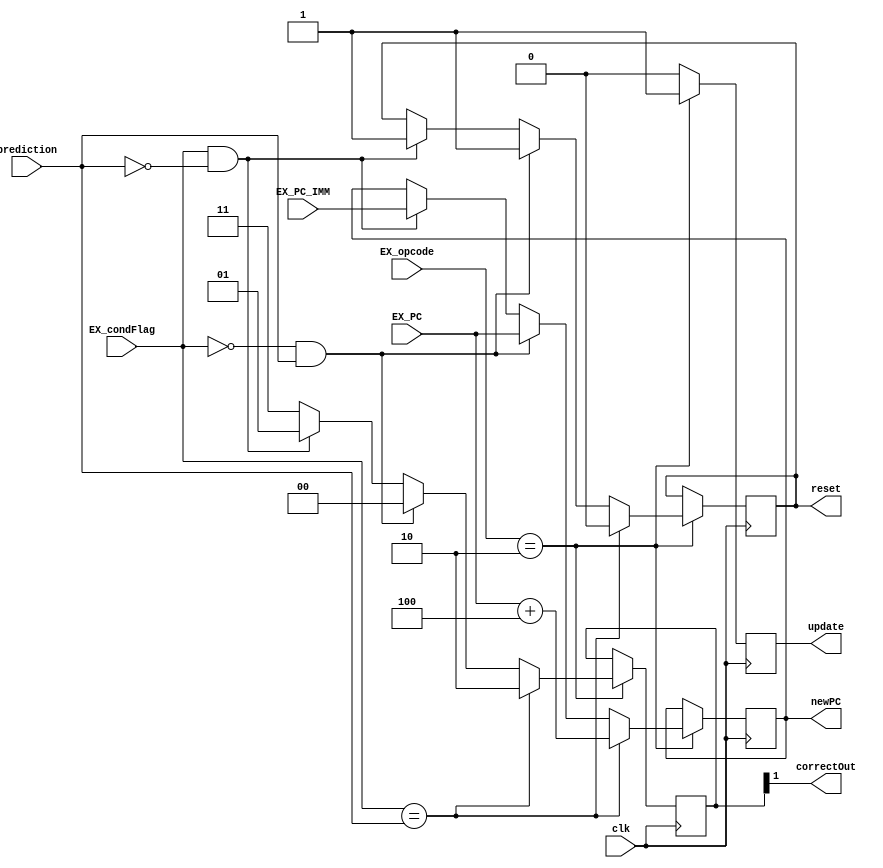
`define FOUR 4'b0100
`define BRANCH 4'b0010
`define TAKEN_NOT_SUPPOSED_TO 4'b00
`define NOT_TAKEN_SUPPOSED_TO 4'b01
module branchHandler (clk, EX_PC_IMM, EX_PC, EX_opcode, EX_condFlag, prediction, correctOut, reset, update, newPC);
							 
   parameter DBITS = 32;
	parameter REG_INDEX_BIT_WIDTH = 4;
	
	input clk;
	input [(DBITS - 1):0] EX_PC_IMM, EX_PC;
	input [3:0] EX_opcode;
	input EX_condFlag;
	input prediction; 
	//correct's first bit determines if the prediction was correct
	//correct's second bit determines what type of right/wrong prediction you had
	output correctOut, update;
	reg updateReg;
	reg [1:0] correct; 

	
	output reset; 
	reg resetReg; 

	output [(DBITS - 1):0] newPC; 
	reg [(DBITS - 1):0] newPCReg; 
	assign newPC = newPCReg;
	
	initial begin
		updateReg <= 0;
		newPCReg <= 0;
		resetReg <= 0;
		correct <= 2'b00;
	end
	always @ (posedge clk) begin
		if (EX_opcode == `BRANCH) begin
			updateReg <= 1'b1;
			//Case 1: you predict correctly 
			if (EX_condFlag == prediction) begin
				correct <= 2'b10;//Note: 2'b11 also works
				newPCReg <= EX_PC + 4;//everything is fine, just go to next instruction 
				resetReg <= 1'b0; 
			end 
			//Case 2: you predict taken, but you aren't supposed to
			//PC should be updated to instruction after branch (i.e. EX_PC)
			//Flush: You need to reset IF and DEC registers
			else if (EX_condFlag == 1'b0 && prediction == 1'b1) begin
				correct <= `TAKEN_NOT_SUPPOSED_TO; 
				newPCReg <= EX_PC;
				resetReg <= 1'b1; 
			end
			//Case 3: you predict not taken, but you were supposed to
			//Update PC to instruction jump in branch statement (i.e. PC + imm)
			//Flush: You need to reset IF and DEC registers
			else if (EX_condFlag == 1'b1 && prediction == 1'b0) begin
				correct <= `NOT_TAKEN_SUPPOSED_TO;
				newPCReg <= EX_PC_IMM; //TODO: set PC + imm
				resetReg <= 1'b1; 
			end
			else begin
				correct <= 2'b11;
			end
		end
		else begin
			updateReg <= 1'b0;
		end
	end
	
	assign update = updateReg;
	assign correctOut = correct[1];
	assign reset = resetReg;

endmodule